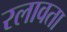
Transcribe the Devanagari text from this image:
रलावता